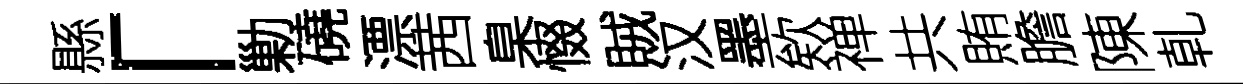
縣「勦磽漂茜臬惙賊汉墨欸禅共賄膽陳乹